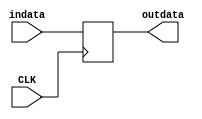
`timescale 1ns / 1ps
//////////////////////////////////////////////////////////////////////////////////
// Company: 
// Engineer: 
// 
// Design Name: 
// Module Name: A
// Project Name: 
// Target Devices: 
// Tool Versions: 
// Description: 
// 
// Dependencies: 
// 
// Revision:
// Revision 0.01 - File Created
// Additional Comments:
// 
//////////////////////////////////////////////////////////////////////////////////


module A(CLK,indata,outdata);
       input  CLK;
       input  [31:0] indata;
       output reg [31:0] outdata;
       
       always @ (posedge CLK) begin
              outdata<=indata;
       end
       
endmodule